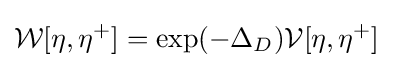
{\mathcal {W}}[\eta ,\eta ^{+}]=\exp(-\Delta _{D}){\mathcal {V}}[\eta ,\eta ^{+}]